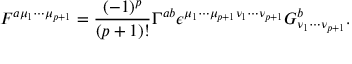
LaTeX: F ^ { a { \mu } _ { 1 } { \cdots } { \mu } _ { p + 1 } } = \frac { ( - 1 ) ^ { p } } { ( p + 1 ) ! } { \Gamma } ^ { a b } { \epsilon } ^ { { \mu } _ { 1 } { \cdots } { \mu } _ { p + 1 } { \nu } _ { 1 } { \cdots } { \nu } _ { p + 1 } } G _ { { \nu } _ { 1 } { \cdots } { \nu } _ { p + 1 } } ^ { b } .